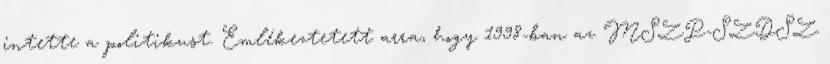
intette a politikust. Emlékeztetett arra, hogy 1998-ban az MSZP-SZDSZ